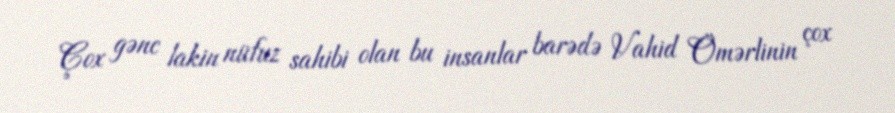
Çox gənc lakin nüfuz sahibi olan bu insanlar barədə Vahid Ömərlinin çox